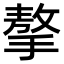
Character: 摮